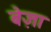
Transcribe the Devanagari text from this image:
बेज़ा